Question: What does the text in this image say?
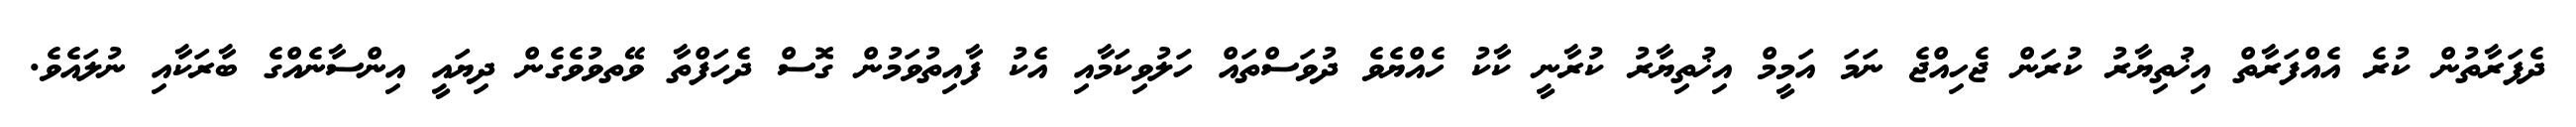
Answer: ދެފަރާތުން ކުރެ އެއްފަރާތް އިޚުތިޔާރު ކުރަން ޖެހިއްޖެ ނަމަ އަމީމް އިޚުތިޔާރު ކުރާނީ ކާކު ހެއްޔެވެ ދުވަސްތައް ހަލުވިކަމާއި އެކު ފާއިތުވަމުން ގޮސް ދެހަފްތާ ވޭތވުވެގެން ދިޔައީ އިންސާނެއްގެ ބާރަކާއި ނުލައެވެ.